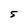
Character: 5